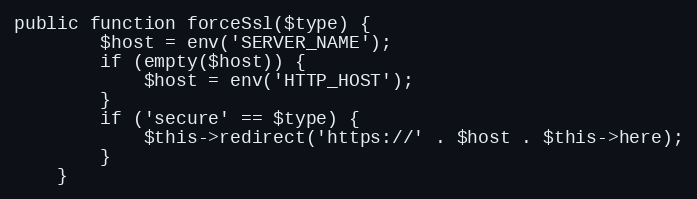
Language: PHP
public function forceSsl($type) {
		$host = env('SERVER_NAME');
		if (empty($host)) {
			$host = env('HTTP_HOST');
		}
		if ('secure' == $type) {
			$this->redirect('https://' . $host . $this->here);
		}
	}